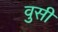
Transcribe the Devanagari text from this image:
वुसी